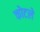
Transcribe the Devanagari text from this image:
कोटले